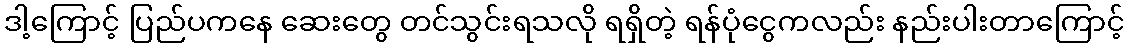
ဒါ့ကြောင့် ပြည်ပကနေ ဆေးတွေ တင်သွင်းရသလို ရရှိတဲ့ ရန်ပုံငွေကလည်း နည်းပါးတာကြောင့်